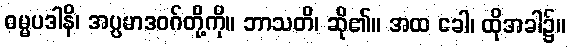
ဓမ္မပဒါနိ၊ အပ္ပမာဒဝဂ်တို့ကို။ ဘာသတိ၊ ဆို၏။ အထ ခေါ၊ ထိုအခါ၌။